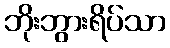
ဘိုးဘွားရိပ်သာ